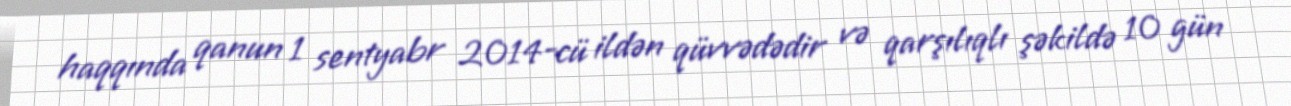
haqqında qanun 1 sentyabr 2014-cü ildən qüvvədədir və qarşılıqlı şəkildə 10 gün